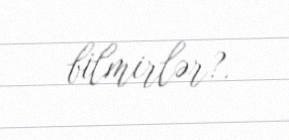
bilmirlər?.